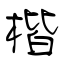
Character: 楷